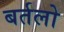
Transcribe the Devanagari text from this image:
बर्तलो